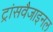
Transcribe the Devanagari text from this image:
ट्रांसवैजाइनल